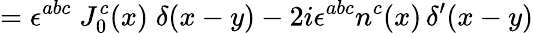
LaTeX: =\epsilon^{abc}\; J_{0}^{c}(x)\; \delta(x-y)-2i\epsilon^{abc}n^{c}(x)\, \delta^{\prime}(x-y)